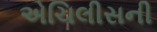
એચિલીસની